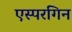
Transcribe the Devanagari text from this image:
एस्परगिन